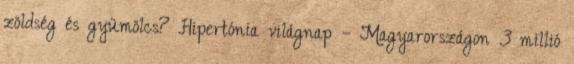
zöldség és gyümölcs? Hipertónia világnap – Magyarországon 3 millió